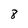
Character: 8